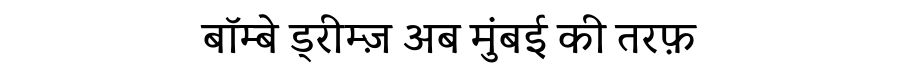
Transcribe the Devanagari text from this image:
बॉम्बे ड्रीम्ज़ अब मुंबई की तरफ़